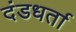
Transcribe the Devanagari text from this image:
दंडधर्ता